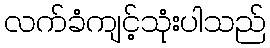
လက်ခံကျင့်သုံးပါသည်